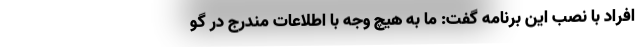
افراد با نصب این برنامه گفت: ما به هیچ وجه با اطلاعات مندرج در گو